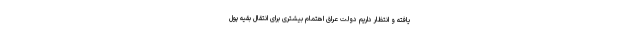
یافته و انتظار داریم دولت عراق اهتمام بیشتری برای انتقال بقیه پول